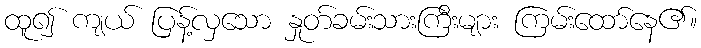
ထူ၍ ကျယ် ပြန့်လှသော နှုတ်ခမ်းသားကြီးများ ကြမ်းထော်နေ၏။